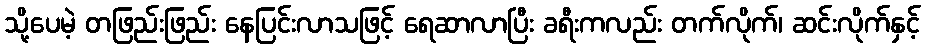
သို့ပေမဲ့ တဖြည်းဖြည်း နေပြင်းလာသဖြင့် ရေဆာလာပြီး ခရီးကလည်း တက်လိုက်၊ ဆင်းလိုက်နှင့်